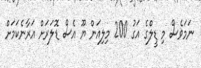
ނަމަވެސް މި ޑީލްގެ އަގު 200 މިލިއަން ޔޫ އެސް ޑޮލަރަށް އަރާނެކަމަށް